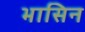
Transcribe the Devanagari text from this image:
भासिन